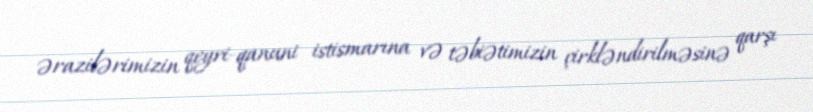
ərazilərimizin qeyri-qanuni istismarına və təbiətimizin çirkləndirilməsinə qarşı